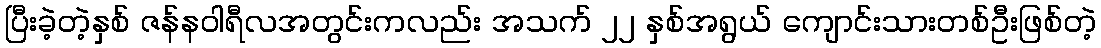
ပြီးခဲ့တဲ့နှစ် ဇန်နဝါရီလအတွင်းကလည်း အသက် ၂၂ နှစ်အရွယ် ကျောင်းသားတစ်ဦးဖြစ်တဲ့